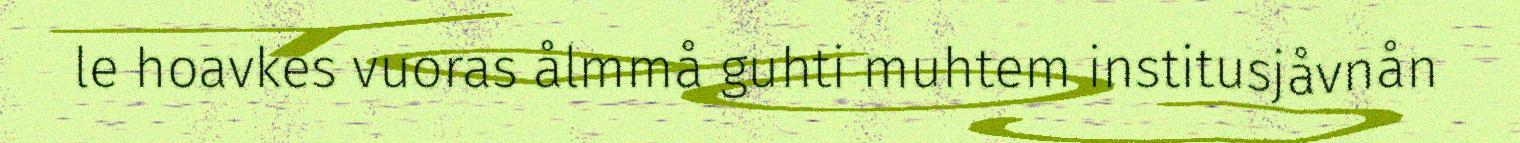
le hoavkes vuoras ålmmå guhti muhtem institusjåvnån